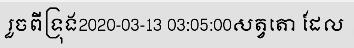
រួចពីទ្រុង2020-03-13 03:05:00សត្វតោ ដែល